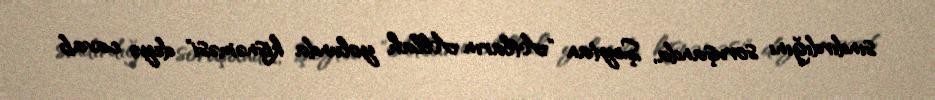
sındırdığını soruşanda, Şeytan "Atların Allah yolunda kişnəməsi" deyə cavab